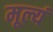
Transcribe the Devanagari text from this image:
मूल्यं